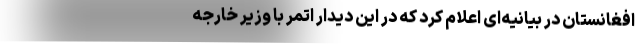
افغانستان در بیانیه‌ای اعلام کرد که در این دیدار اتمر با وزیر خارجه